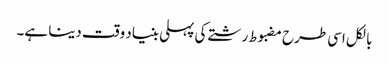
بالکل اسی طرح مضبوط رشتے کی پہلی بنیاد وقت دینا ہے۔